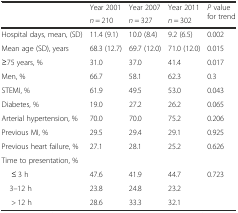
<table><thead><tr><td rowspan="2"></td><td><b>Year 2001</b></td><td><b>Year 2007</b></td><td><b>Year 2011</b></td><td rowspan="2"><b><i>P</i> value for trend</b></td></tr><tr><td><b><i>n</i> = 210</b></td><td><b><i>n</i> = 327</b></td><td><b><i>n</i> = 302</b></td></tr></thead><tbody><tr><td>Hospital days, mean, (SD)</td><td>11.4 (9.1)</td><td>10.0 (8.4)</td><td>9.2 (6.5)</td><td>0.002</td></tr><tr><td>Mean age (SD), years</td><td>68.3 (12.7)</td><td>69.7 (12.0)</td><td>71.0 (12.0)</td><td>0.015</td></tr><tr><td>≥75 years, %</td><td>31.0</td><td>37.0</td><td>41.4</td><td>0.017</td></tr><tr><td>Men, %</td><td>66.7</td><td>58.1</td><td>62.3</td><td>0.3</td></tr><tr><td>STEMI, %</td><td>61.9</td><td>49.5</td><td>53.0</td><td>0.043</td></tr><tr><td>Diabetes, %</td><td>19.0</td><td>27.2</td><td>26.2</td><td>0.065</td></tr><tr><td>Arterial hypertension, %</td><td>70.0</td><td>70.0</td><td>75.2</td><td>0.206</td></tr><tr><td>Previous MI, %</td><td>29.5</td><td>29.4</td><td>29.1</td><td>0.925</td></tr><tr><td>Previous heart failure, %</td><td>27.1</td><td>28.1</td><td>25.2</td><td>0.626</td></tr><tr><td>Time to presentation, %</td><td colspan="3"></td><td></td></tr><tr><td>≤ 3 h</td><td>47.6</td><td>41.9</td><td>44.7</td><td rowspan="3">0.723</td></tr><tr><td> 3–12 h</td><td>23.8</td><td>24.8</td><td>23.2</td></tr><tr><td>&gt; 12 h</td><td>28.6</td><td>33.3</td><td>32.1</td></tr></tbody></table>